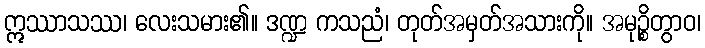
ဣဿာသဿ၊ လေးသမား၏။ ဒဏ္ဍ ကသညံ၊ တုတ်အမှတ်အသားကို။ အမုဉ္စိတွာဝ၊